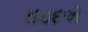
સઇદએ